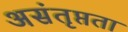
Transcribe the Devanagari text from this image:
असंतृप्तता